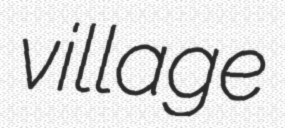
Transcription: village